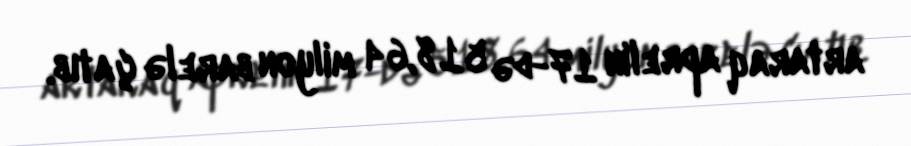
artaraq aprelin 17-də 518,64 milyon barelə çatıb.